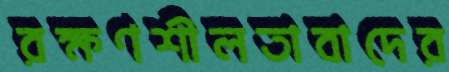
রক্ষণশীলতাবাদের